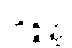
ဘိဇ္ဇိတ္ထ